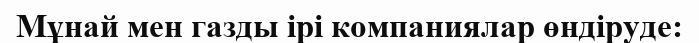
Мұнай мен газды ірі компаниялар өндіруде: